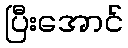
ပြီးအောင်